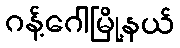
ဂန့်ဂေါမြို့နယ်